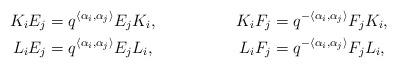
LaTeX: \begin{align*} K_i E_j &= q^{\langle\alpha _i,\alpha_j\rangle}E_j K_i, & K_i F_j &= q^{-\langle\alpha _i,\alpha_j\rangle}F_j K_i,\\ L_i E_j &= q^{\langle\alpha _i,\alpha_j\rangle}E_j L_i, & L_i F_j &=q^{-\langle\alpha _i,\alpha_j\rangle}F_j L_i,\end{align*}